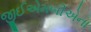
જીઈએમબીએના